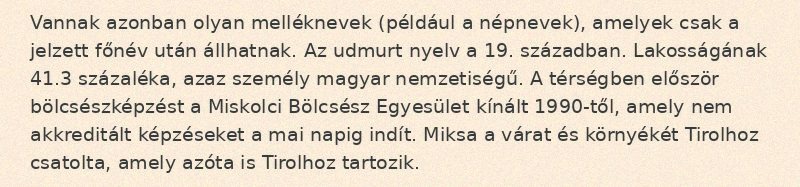
Vannak azonban olyan melléknevek (például a népnevek), amelyek csak a jelzett főnév után állhatnak. Az udmurt nyelv a 19. században. Lakosságának 41.3 százaléka, azaz személy magyar nemzetiségű. A térségben először bölcsészképzést a Miskolci Bölcsész Egyesület kínált 1990-től, amely nem akkreditált képzéseket a mai napig indít. Miksa a várat és környékét Tirolhoz csatolta, amely azóta is Tirolhoz tartozik.